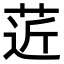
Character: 菦